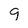
Character: 9